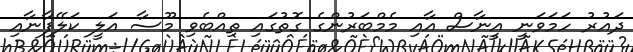
ދައުރު ހަމަވަނީ އީނާސް އާއި މެމްބަރުންގެ ގޮތުގައި ތިއްބެވި މޫސާ އަލީ ކަލޭފާނާއި